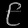
Digit: ၉